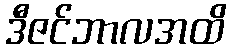
ဒီဇင်ဘာလအထိ